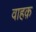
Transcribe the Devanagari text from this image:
वाहक़